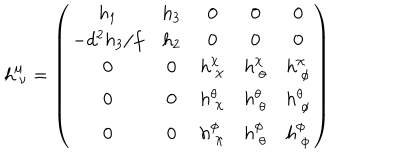
LaTeX: h _ { ~ \nu } ^ { \mu } = \left( \begin{array} { c c c c c } { { h _ { 1 } } } & { { h _ { 3 } } } & { { 0 } } & { { 0 } } & { { 0 } } \\ { { - d ^ { 2 } h _ { 3 } / f } } & { { h _ { 2 } } } & { { 0 } } & { { 0 } } & { { 0 } } \\ { { 0 } } & { { 0 } } & { { h _ { ~ \chi } ^ { \chi } } } & { { h _ { ~ \theta } ^ { \chi } } } & { { h _ { ~ \phi } ^ { \chi } } } \\ { { 0 } } & { { 0 } } & { { h _ { ~ \chi } ^ { \theta } } } & { { h _ { ~ \theta } ^ { \theta } } } & { { h _ { ~ \phi } ^ { \theta } } } \\ { { 0 } } & { { 0 } } & { { h _ { ~ \chi } ^ { \phi } } } & { { h _ { ~ \theta } ^ { \phi } } } & { { h _ { ~ \phi } ^ { \phi } } } \\ \end{array} \right)